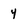
Character: 4